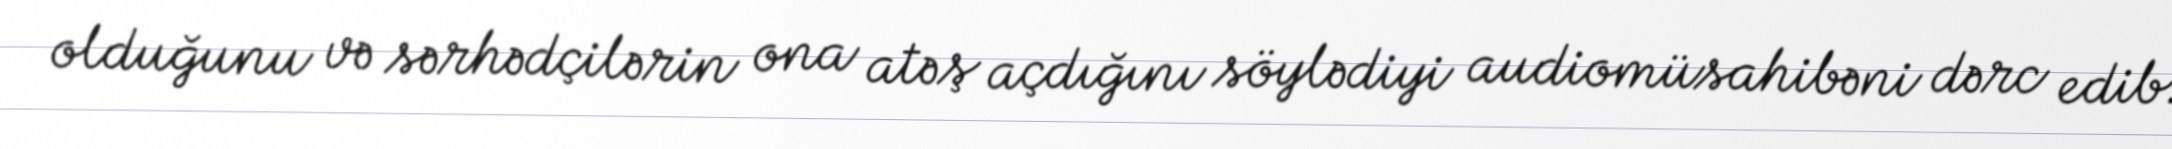
olduğunu və sərhədçilərin ona atəş açdığını söylədiyi audiomüsahibəni dərc edib.